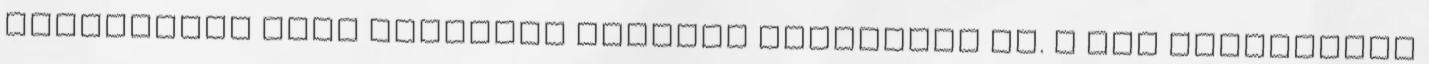
kisnyomású nagy átmérőjű hengert helyezték el. A két vízszintes